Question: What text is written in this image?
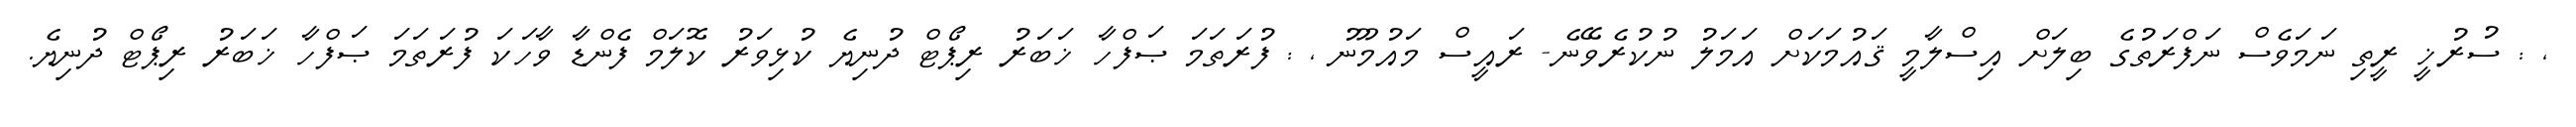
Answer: , : ސުރުޚީ ރީތި ނަމަވެސް ނަފްރަތުގެ ބިލަށް އިސްލާމީ ޤައުމަކަށް އަމަލު ނުކުރެވޭނެ- ރައީސް މައުމޫނު , : ފުރަތަމަ ޞަފްހާ ޚަބަރު ރިޕޯޓް ދުނިޔެ ކުޅިވަރު ކޮލަމް ފެންޑާ ވާހަކަ ފުރަތަމަ ޞަފްހާ ޚަބަރު ރިޕޯޓް ދުނިޔެ.